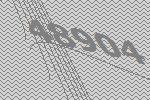
48904